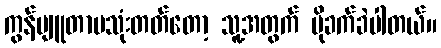
ကွန်ပျူတာမသုံးတတ်တော့ သူ့အတွက် ပိုခက်ခဲပါတယ်။